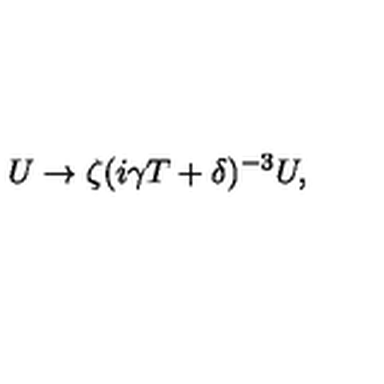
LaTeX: U \rightarrow \zeta ( i \gamma T + \delta ) ^ { - 3 } U ,